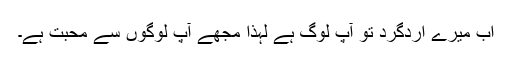
اب میرے اردگرد تو آپ لوگ ہے لہٰذا مجھے آپ لوگوں سے محبت ہے۔